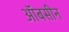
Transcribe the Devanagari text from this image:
ऑबसीन